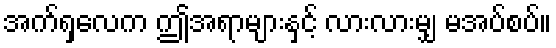
အက်ရှလေက ဤအရာများနှင့် လားလားမျှ မအပ်စပ်။